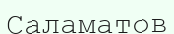
Саламатов